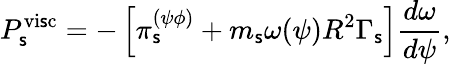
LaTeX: P_{\mathsf{s}}^{\mathrm{{vi\mathsf{s}c}}}=-\left[\pi_{\mathsf{s}}^{(\psi\phi)}+m_{\mathsf{s}}\omega(\psi)R^{2}\Gamma_{\mathsf{s}}\right]\frac{{d\omega}}{{d\psi}},